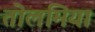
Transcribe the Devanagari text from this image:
तोलमिया